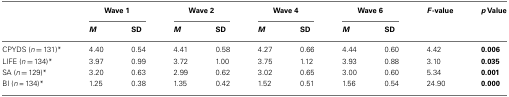
|  | <COLSPAN=2> Wave 1 | <COLSPAN=2> Wave 2 | <COLSPAN=2> Wave 4 | <COLSPAN=2> Wave 6 | F-value | p Value |
 |  | M | SD | M | SD | M | SD | M | SD |  |
 | --- | --- | --- | --- | --- | --- | --- | --- | --- | --- | --- |
 | CPYDS (n = 131)* | 4.40 | 0.54 | 4.41 | 0.58 | 4.27 | 0.66 | 4.44 | 0.60 | 4.42 | 0.006 |
 | LIFE (n = 134)* | 3.97 | 0.99 | 3.72 | 1.00 | 3.75 | 1.12 | 3.93 | 0.88 | 3.10 | 0.035 |
 | SA (n = 129)* | 3.20 | 0.63 | 2.99 | 0.62 | 3.02 | 0.65 | 3.00 | 0.60 | 5.34 | 0.001 |
 | BI (n = 134)* | 1.25 | 0.38 | 1.35 | 0.42 | 1.52 | 0.51 | 1.56 | 0.54 | 24.90 | 0.000 |